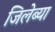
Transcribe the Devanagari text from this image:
जिलेब्या